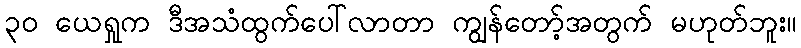
၃၀ ယေရှုက ဒီအသံထွက်ပေါ်လာတာ ကျွန်တော့်အတွက် မဟုတ်ဘူး။